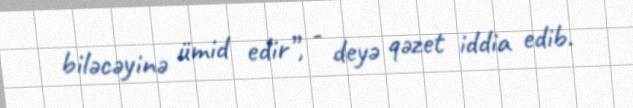
biləcəyinə ümid edir”, - deyə qəzet iddia edib.